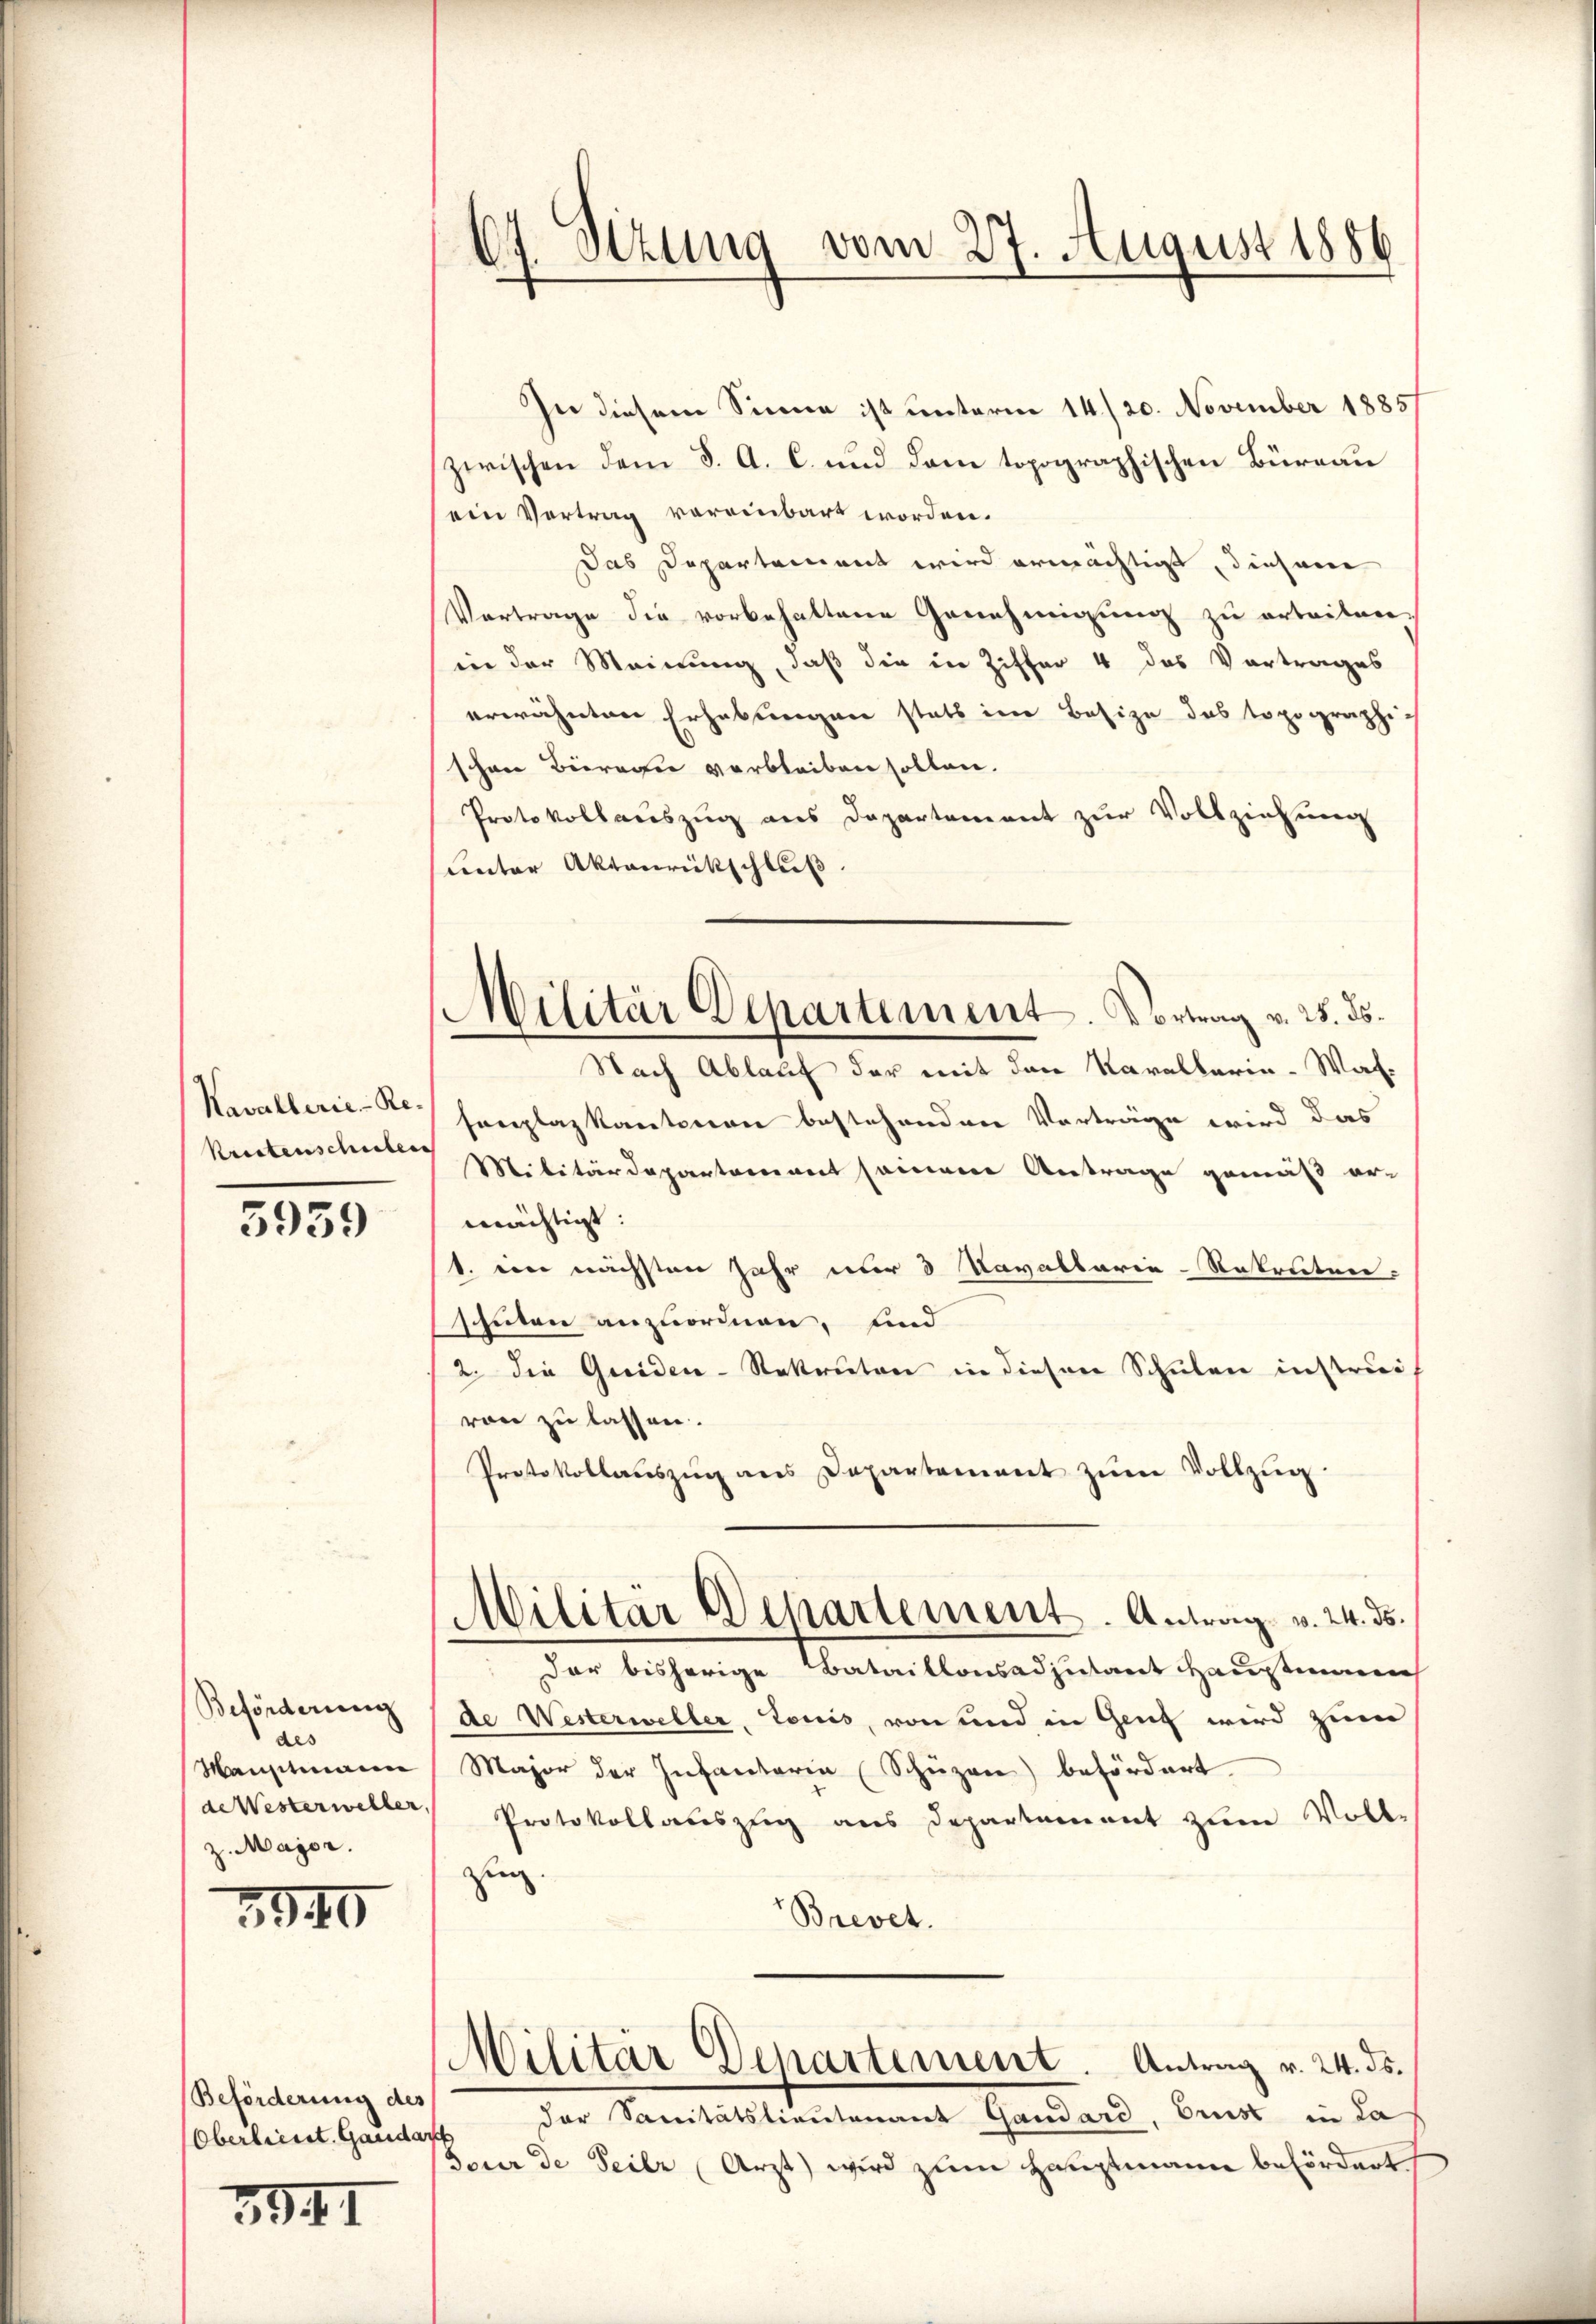
Kavallerie-Re-
Kritenschulen

3959

Beförderung
des
Manstmann
de Weisterweller
z. Major.

3940

Beförderung des
Oberlieut. Gandant

594. I

64 Sizung vom 27. August 1886
.

In diesem Sinne ist unterm 14./20. November 1885/
zwischen dem §. A. C. und dem topographischen Büreau
ein Vertrag voreinbart worden.
Das Departement wird ermächtigt, diesem
Vortrage die vorbehaltene Genehmigung zu erteiten
in der Meinung, daß die in Ziffer 4 das Vortrages
erwähnten Erhebungen statt im Besize das topographi
schen Betrage verbleiben sollen.
Protokollauszug aus Departement zur Vollziehung
unter Aktenrückschluß.
Nach Ablauf der mit den Kavallaria-Walsenplaz kantonen bestehenden Vorträge wird das
Militärdepartariant seinem Antrage gemäß ar-
mächtigt:
1. ein nächsten Jahr nur 3 Kavaltarie-Rekruten:
tuten anzuordnen, und
2. die Greiden-Rekruten in dieser Schulen instruivon zu lassen.
Protokollauszug aus Departement zum Vollzug.
Militär Departement. Antrag v. 24. ds.
der bisherige Bataillonsadjutant Haustimm
de Westerweller, Louis, von und in Genf wird zum
Major der Infantaria Schüzen) befördert.
Protokollauszug aus Departement zum Voll-
zing.
Brevet.
Militar Departement. Antrag v. 24. ds.
der Sanitätslieutenant Gandard, Brust in La
Feuer de Feier Arzt wird zum Hauptmann befördert

Militär Departement. Vortrag v. 25. ds.